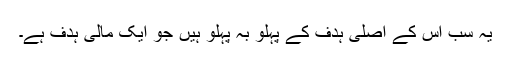
یہ سب اس کے اصلی ہدف کے پہلو بہ پہلو ہیں جو ایک مالی ہدف ہے۔